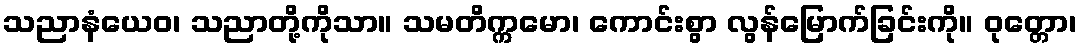
သညာနံယေဝ၊ သညာတို့ကိုသာ။ သမတိက္ကမော၊ ကောင်းစွာ လွန်မြောက်ခြင်းကို။ ဝုတ္တော၊